画像に写った文字を読んでください
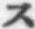
「ス」と書いてあります